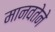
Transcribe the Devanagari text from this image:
मानवतेने